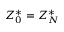
Z _ { 0 } ^ { * } = Z _ { N } ^ { * }